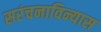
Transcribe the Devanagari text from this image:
सरंचनाविन्यास